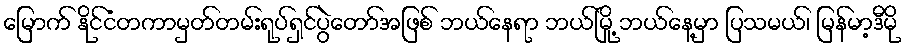
မြောက် နိုင်ငံတကာမှတ်တမ်းရုပ်ရှင်ပွဲတော်အဖြစ် ဘယ်နေရာ ဘယ်မြို့ ဘယ်နေ့မှာ ပြသမယ်၊ မြန်မာ့ဒီမို